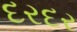
દરદર